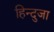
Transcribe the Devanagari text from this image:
हिन्दुजा